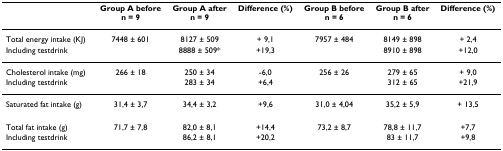
<table><thead><tr><td></td><td><b>Group A beforen = 9</b></td><td><b>Group A aftern = 9</b></td><td><b>Difference (%)</b></td><td><b>Group B beforen = 6</b></td><td><b>Group B aftern = 6</b></td><td><b>Difference (%)</b></td></tr></thead><tbody><tr><td>Total energy intake (KJ)</td><td>7448 ± 601</td><td>8127 ± 509</td><td>+ 9,1</td><td>7957 ± 484</td><td>8149 ± 898</td><td>+ 2,4</td></tr><tr><td>Including testdrink</td><td></td><td>8888 ± 509*</td><td>+19,3</td><td></td><td>8910 ± 898</td><td>+12,0</td></tr><tr><td>Cholesterol intake (mg)</td><td>266 ± 18</td><td>250 ± 34</td><td>-6,0</td><td>256 ± 26</td><td>279 ± 65</td><td>+ 9,0</td></tr><tr><td>Including testdrink</td><td></td><td>283 ± 34</td><td>+6,4</td><td></td><td>312 ± 65</td><td>+21,9</td></tr><tr><td>Saturated fat intake (g)</td><td>31,4 ± 3,7</td><td>34,4 ± 3,2</td><td>+9,6</td><td>31,0 ± 4,04</td><td>35,2 ± 5,9</td><td>+ 13,5</td></tr><tr><td>Total fat intake (g)</td><td>71,7 ± 7,8</td><td>82,0 ± 8,1</td><td>+14,4</td><td>73,2 ± 8,7</td><td>78,8 ± 11,7</td><td>+7,7</td></tr><tr><td>Including testdrink</td><td></td><td>86,2 ± 8,1</td><td>+20,2</td><td></td><td>83 ± 11,7</td><td>+9,8</td></tr></tbody></table>